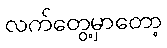
လက်တွေ့မှာတော့